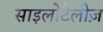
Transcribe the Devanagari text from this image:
साइलोटैलीज़